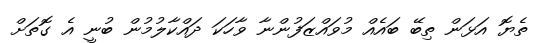
ތެޔޮ އަޅަން ތިބޭ ބައެއް މުވައްޒަފުންނާ ވާހަކަ ދައްކާލުމުން ބުނީ އެ ގޮތަށް